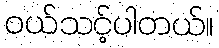
၀ယ်သင့်ပါတယ်။